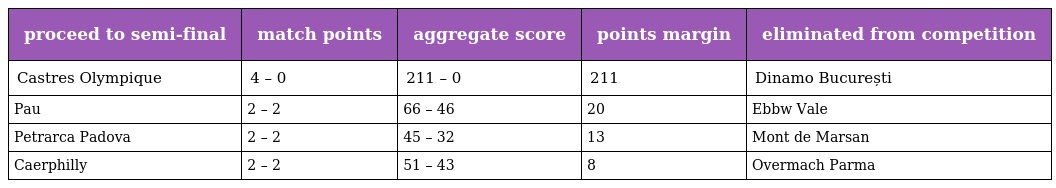
| proceed to semi-final | match points | aggregate score | points margin | eliminated from competition |
 | --- | --- | --- | --- | --- |
 | Castres Olympique | 4 – 0 | 211 – 0 | 211 | Dinamo București |
 | Pau | 2 – 2 | 66 – 46 | 20 | Ebbw Vale |
 | Petrarca Padova | 2 – 2 | 45 – 32 | 13 | Mont de Marsan |
 | Caerphilly | 2 – 2 | 51 – 43 | 8 | Overmach Parma |